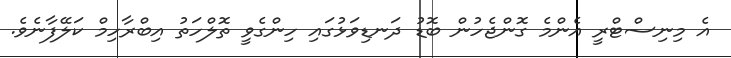
އެ މިނިސްޓްރީ އެންމެ ގޮންޖެހުން ބޮޑު ދަނޑިވަޅުގައި ހިންގެވީ ތޮލްހަތު އިބްރާހިމް ކަލޭފާނެވެ.